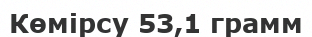
Көмірсу 53,1 грамм